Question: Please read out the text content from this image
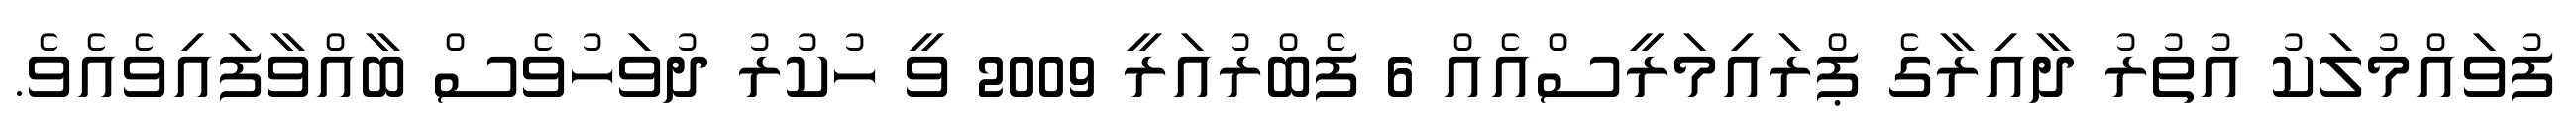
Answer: ފުވައްމުލަކު އުތުރު ދާއިރާގެ ޕްރައިމަރީސްއެއް 6 ފެބްރުއަރީ 2009 ވީ ހުކުރު ދުވަހުވެސް ބާއްވާފައިވެއެވެ.